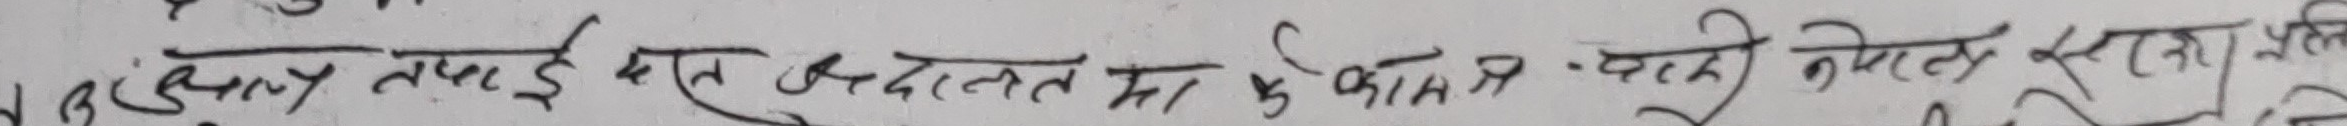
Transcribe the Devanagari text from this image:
(न्यु) तपाइँ हरुले मत अदालतमा फेकाउनु भयो केरेट सुरक्षा लिने